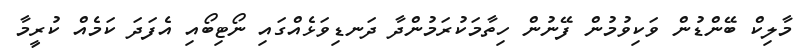
މާލިކް ބޭންޑުން ވަކިވުމުން ފޭނުން ހިތާމަކުރަމުންދާ ދަނޑިވަޅެއްގައި ނޯޓިބޯއި އެފަދަ ކަމެއް ކުރީމާ